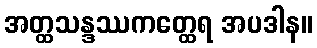
အတ္ထသန္ဒဿကတ္ထေရ အပဒါန။